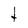
Character: t